Tartu_linnavalitsus, lk 5
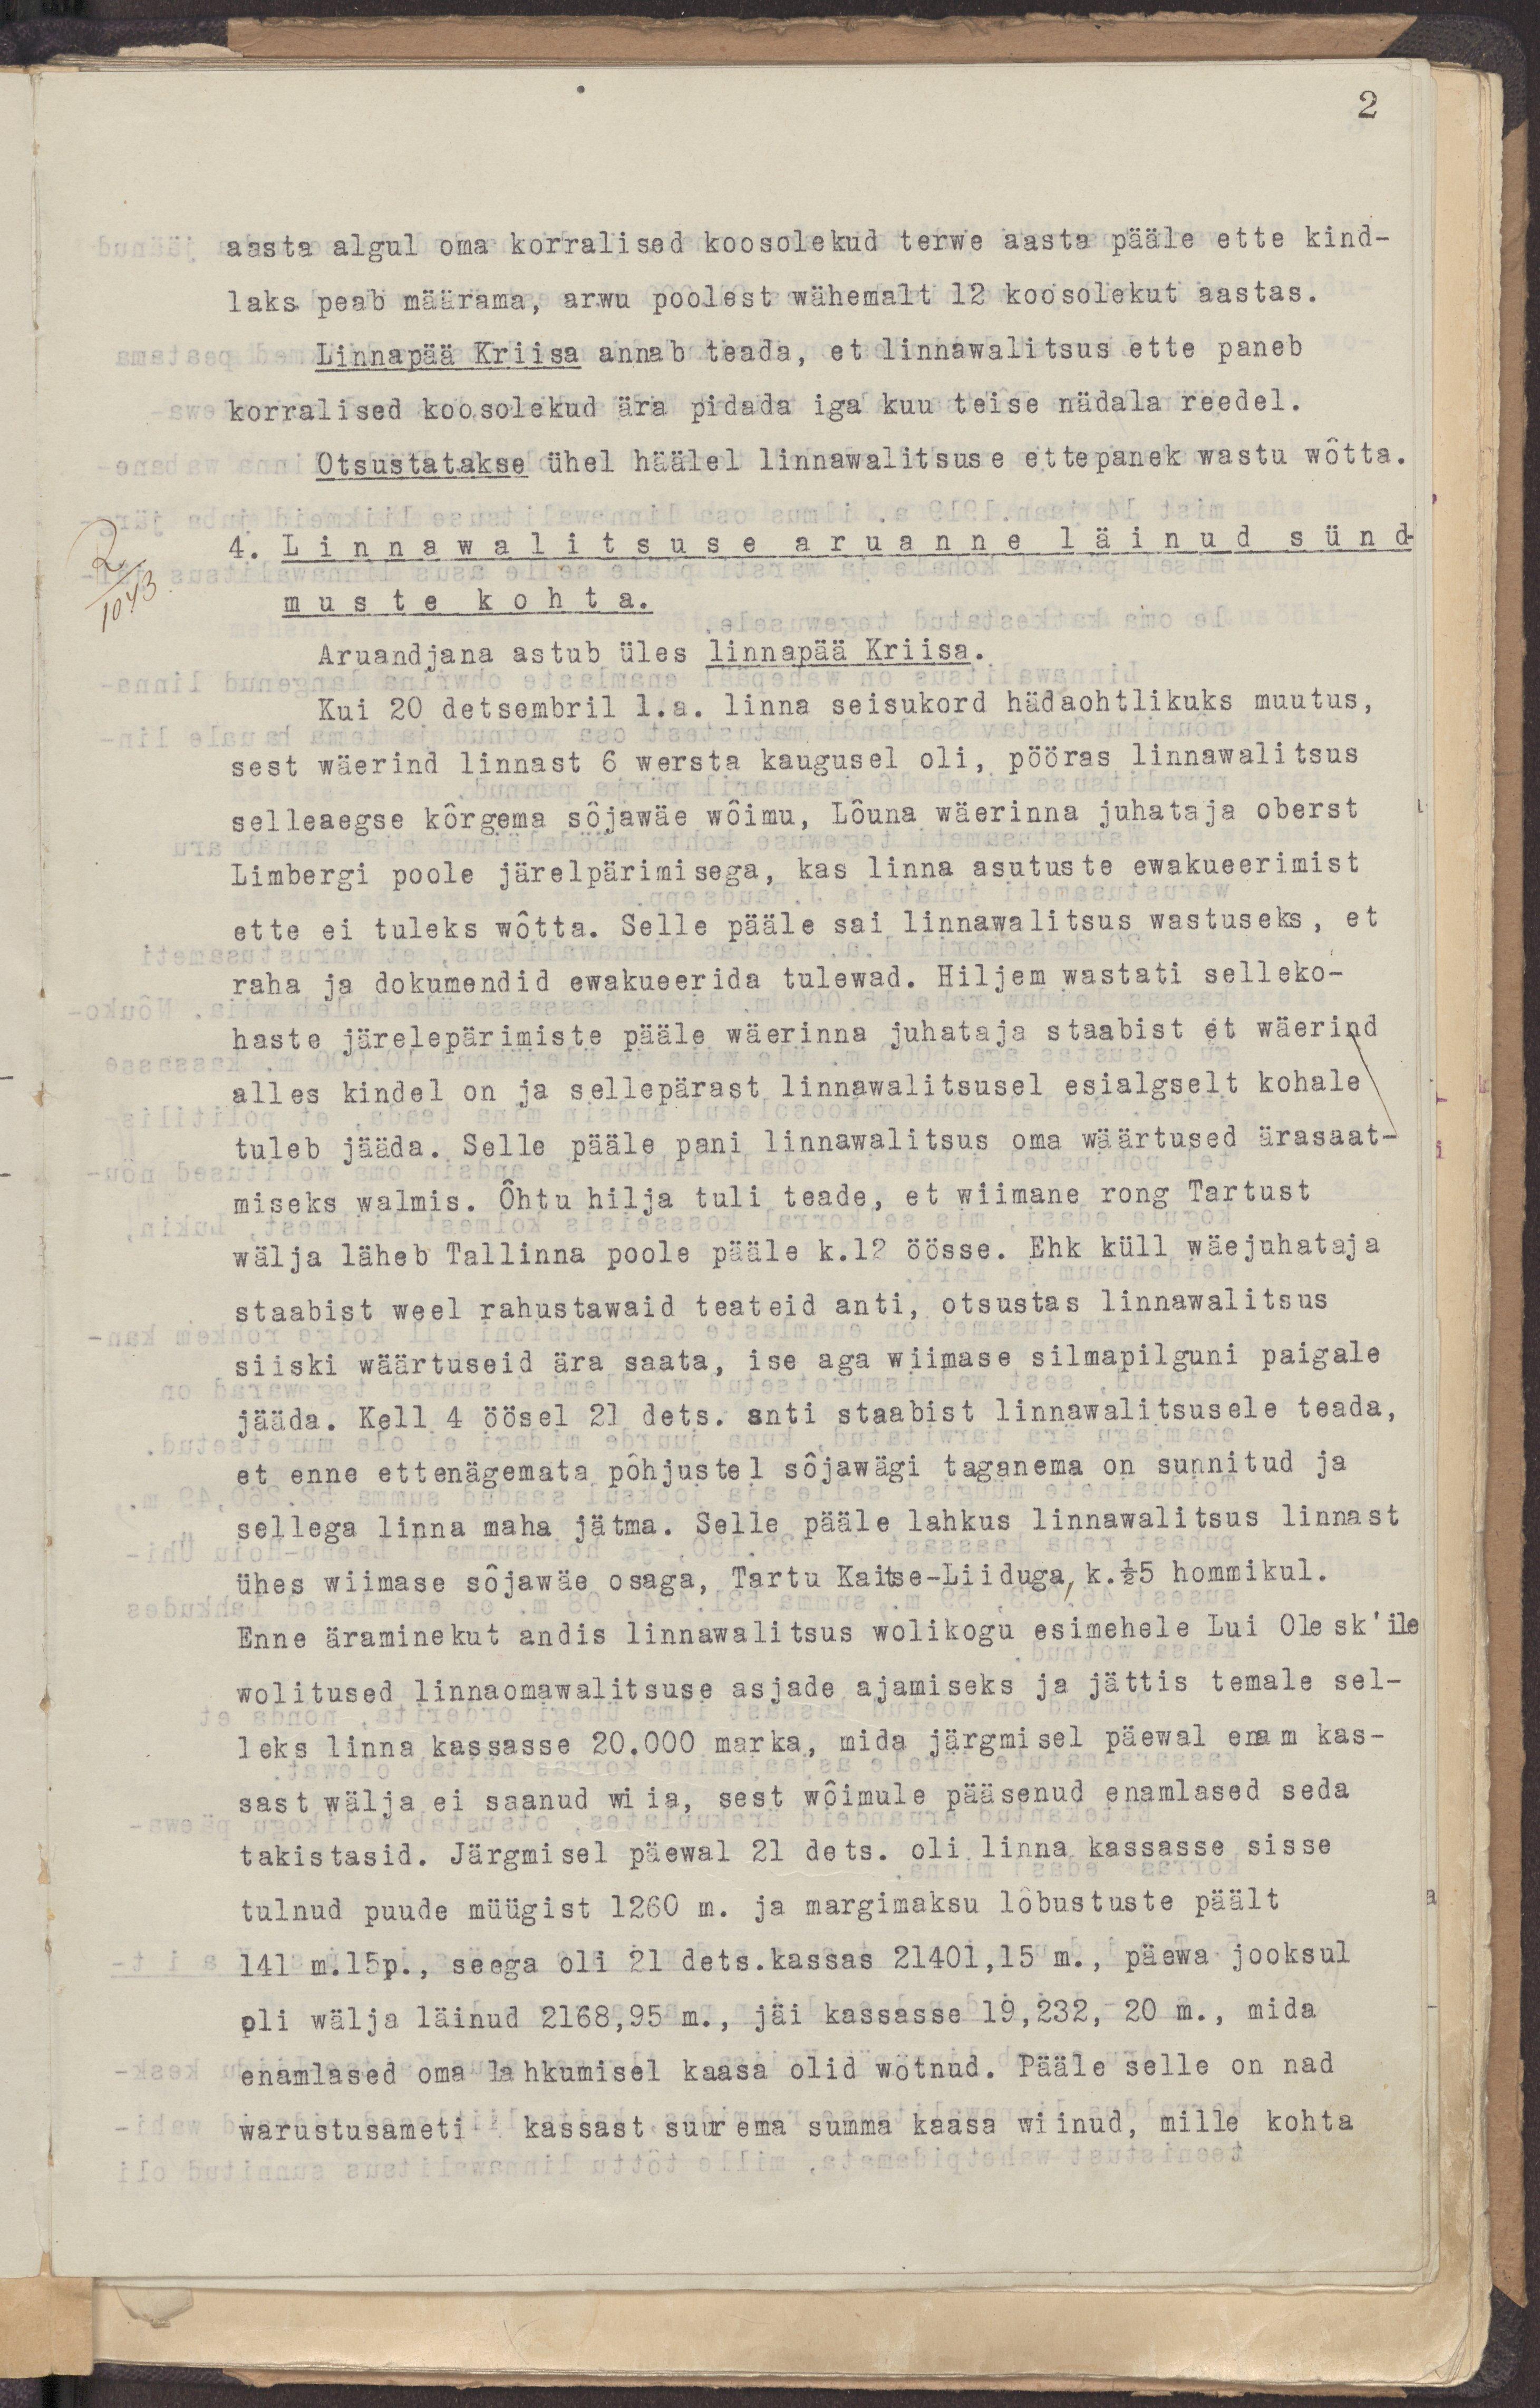
2
aasta algul oma korralised koosolekud terwe aasta pääle ette kind-
laks peab määrama, arwu poolest wähemalt 12 koosolekut aastas.
Linnapää Kriisa annab teada, et linnawalitsus ette paneb
korralised koosolekud ära pidada iga kuu teise nädala reedel.
Otsustatakse ühel häälel linnawalitsuse ettepanek wastu wõtta.
4. Linnawalitsuse aruanne läinud sünd-
muste kohta.
Aruandjana astub üles linnapää Kriisa.
Kui 20 detsembril l.a. linna seisukord hädaohtlikuks muutus,
sest wäerind linnast 6 wersta kaugusel oli, pööras linnawalitsus
selleaegse kõrgema sõjawäe wõimu, Lõuna wäerinna juhataja oberst
Limbergi poole järelpärimisega, kas linna asutuste ewakueerimist
ette ei tuleks wõtta. Selle pääle sai linnawalitsus wastuseks, et 
raha ja dokumendid ewakueerida tulewad. Hiljem wastati selleko-
haste järelpärimiste pääle wäerinna juhataja staabist et wäerind
alles kindel on ja sellepärast linnawalitsusel esialgselt kohale
tuleb jääda. Selle pääle pani linnawalitsus oma wäärtused ärasaat-
miseks walmis. Õhtu hilja tuli teade, et wiimane rong Tartust
wälja läheb Tallinna poole pääle k.12 öösse. Ehk kül wäejuhataja
staabist weel rahustawaid teateid anti, otsustas linnawalitsus
 siiski wäärtused ära saata, ise aga wiimase silmapilguni paigale
jääda. Kell 4 öösel 21 dets. anti staabist linnawalitsusele teada,
et enne ettenägemata põhjustel sõjawägi taganema on sunnitud ja
sellega linna maha jätma. Selle pääle lahkus linnawalitsus linnast
ühes wiimase sõjawäe osaga, Tartu Kaitse-Liiduga k.½5 hommikul.
Enne äraminekut andis linnawalitsus wolikogu esimehele Lui Olesk'ile
wolitused linnaomawalitsuse asjade ajamiseks ja jättis temale sel-
leks linna kassasse 20.000 marka, mida järgmisel päewal enam kas-
sast wälja ei saanud wiia, sest wõimule pääsenud enamlased seda
takistasid. Järgmisel päewal 21 dets. oli linna kassasse sisse
tulnud puude müügist 1260 m. ja margimaksu lõbustuse päält
141 m.15p., seega oli 21 dets. kassas 21401, 15 m., päewa jooksul
oli wälja läinud 2168,95 m., jäi kassasse 19,232, 20 m., mida
enamlased oma lahkumisel kaasa olid wõtnud. Pääle selle on nad
warustusameti kassast suurema summa kaasa wiinud, mille kohta